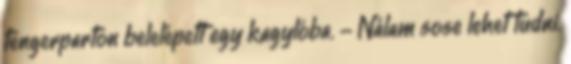
tengerparton belelépett egy kagylóba. - Nálam sose lehet tudni.